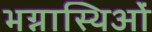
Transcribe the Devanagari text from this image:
भग्नास्थिओं